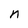
Character: n